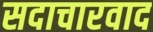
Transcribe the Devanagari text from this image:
सदाचारवाद